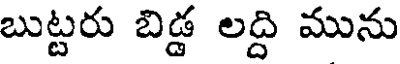
బుట్టరు బిడ్డ లద్ది మును